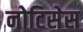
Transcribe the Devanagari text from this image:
नोटिसेस